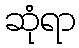
ဆုံရာ